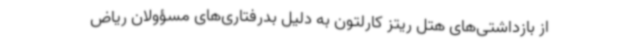
از بازداشتی‌های هتل ریتز کارلتون به دلیل بدرفتاری‌های مسؤولان ریاض